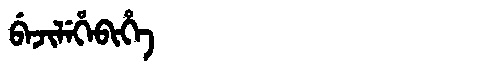
Manchu: ᠪᡝᠵᡳᠯᡝᡥᡝᠪᡳᡥᡝ
Romanization: BEJILEHEBIHE